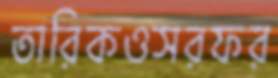
তারিকওসরফর